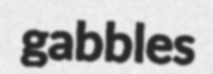
gabbles